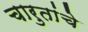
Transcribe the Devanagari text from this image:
चारुतांचे